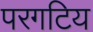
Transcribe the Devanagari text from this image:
परगटिय